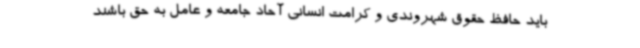
باید حافظ حقوق شهروندی و کرامت انسانی آحاد جامعه و عامل به حق باشند